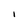
Character: I